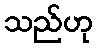
သည်ဟု